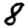
Digit: 8